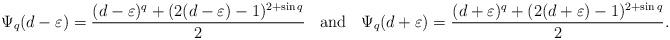
LaTeX: \begin{align*} \Psi_q(d-\varepsilon)=\frac{(d-\varepsilon)^q+(2(d-\varepsilon)-1)^{2+\sin q}}{2}\;\;\textrm{ and }\;\;\Psi_q(d+\varepsilon)=\frac{(d+\varepsilon)^q+(2(d+\varepsilon)-1)^{2+\sin q}}{2}.\end{align*}